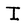
Character: I